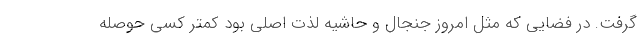
گرفت. در فضایی که مثل امروز جنجال و حاشیه لذت اصلی بود کمتر کسی حوصله